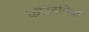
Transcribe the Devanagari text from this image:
कारबनिक